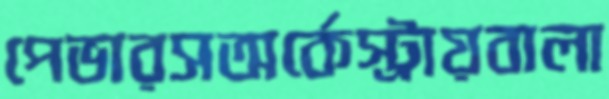
পেভারসঅর্কেস্ট্রায়বালা